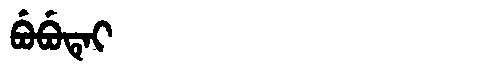
Manchu: ᠪᡠᠪᡠᡨᡝᡳ
Romanization: BUBUTEI